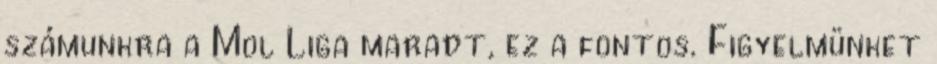
számunkra a Mol Liga maradt, ez a fontos. Figyelmünket